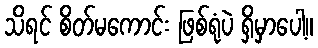
သိရင် စိတ်မကောင်း ဖြစ်ရုံပဲ ရှိမှာပေါ့။